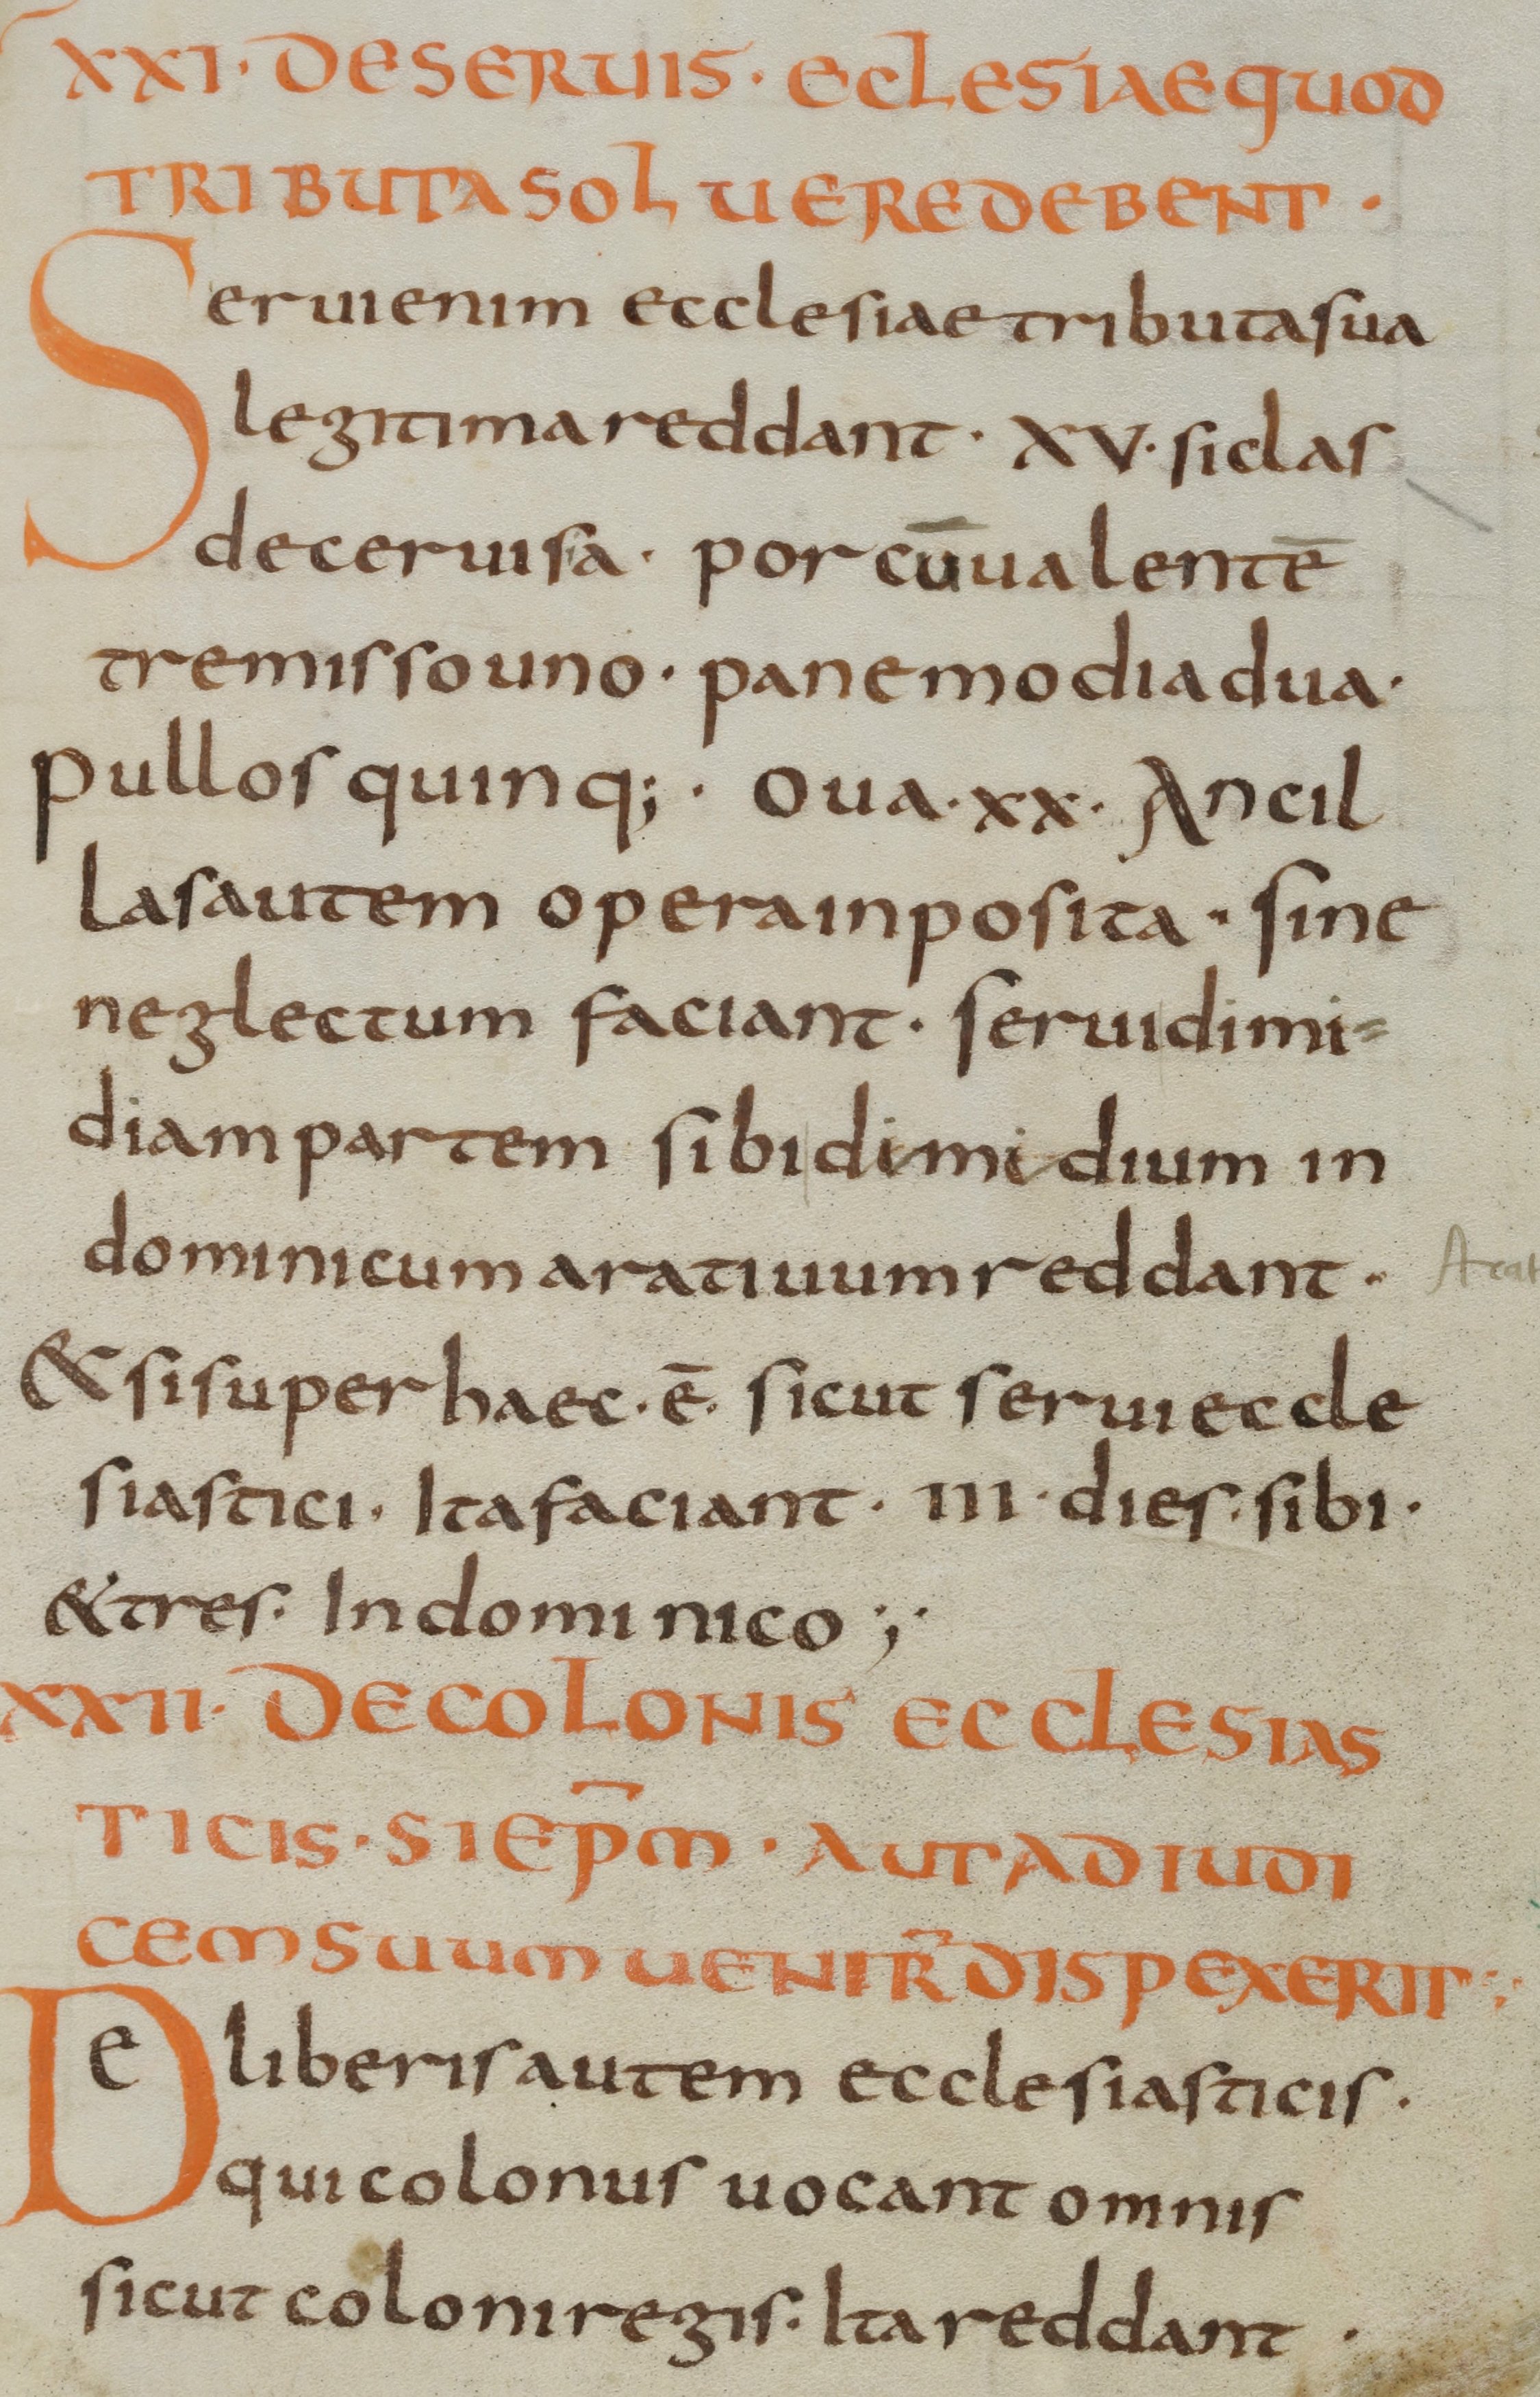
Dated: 800–830